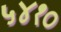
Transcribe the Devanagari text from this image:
५४१०